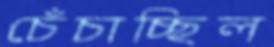
চেঁচাচ্ছিল